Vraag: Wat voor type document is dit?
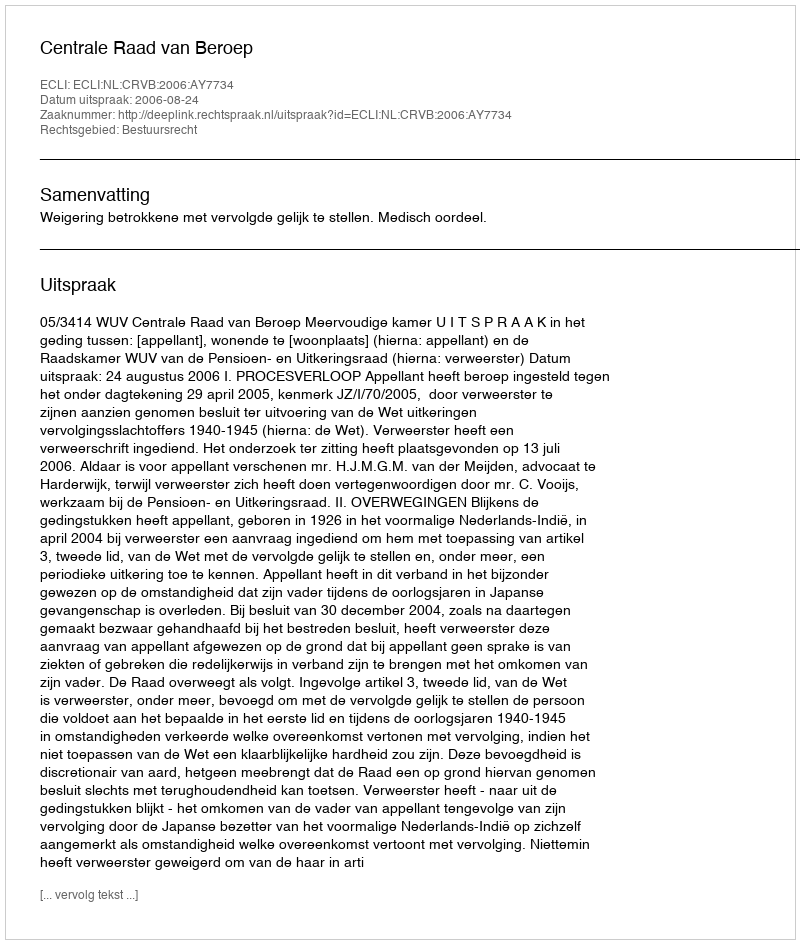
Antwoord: Uitspraak